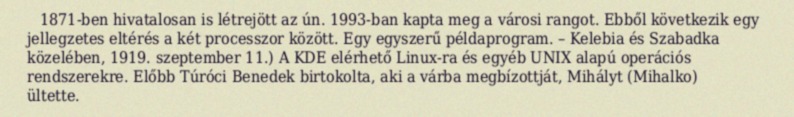
1871-ben hivatalosan is létrejött az ún. 1993-ban kapta meg a városi rangot. Ebből következik egy jellegzetes eltérés a két processzor között. Egy egyszerű példaprogram. – Kelebia és Szabadka közelében, 1919. szeptember 11.) A KDE elérhető Linux-ra és egyéb UNIX alapú operációs rendszerekre. Előbb Túróci Benedek birtokolta, aki a várba megbízottját, Mihályt (Mihalko) ültette.